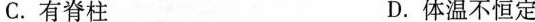
C.有脊柱 D.体温不恒定